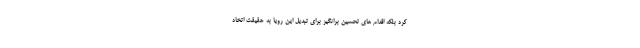
کرد بلکه اقدام های تحسین برانگیز برای تبدیل این رویا به حقیقت اتخاد